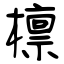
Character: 檩